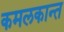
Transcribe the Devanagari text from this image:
कमलकान्त